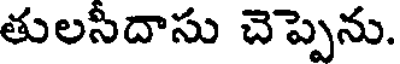
తులసీదాసు చెప్పెను.